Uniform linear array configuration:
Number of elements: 64
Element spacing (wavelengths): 0.5
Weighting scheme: cosine
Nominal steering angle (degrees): -45
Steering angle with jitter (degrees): -44.4
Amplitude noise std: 0.05
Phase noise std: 0.05

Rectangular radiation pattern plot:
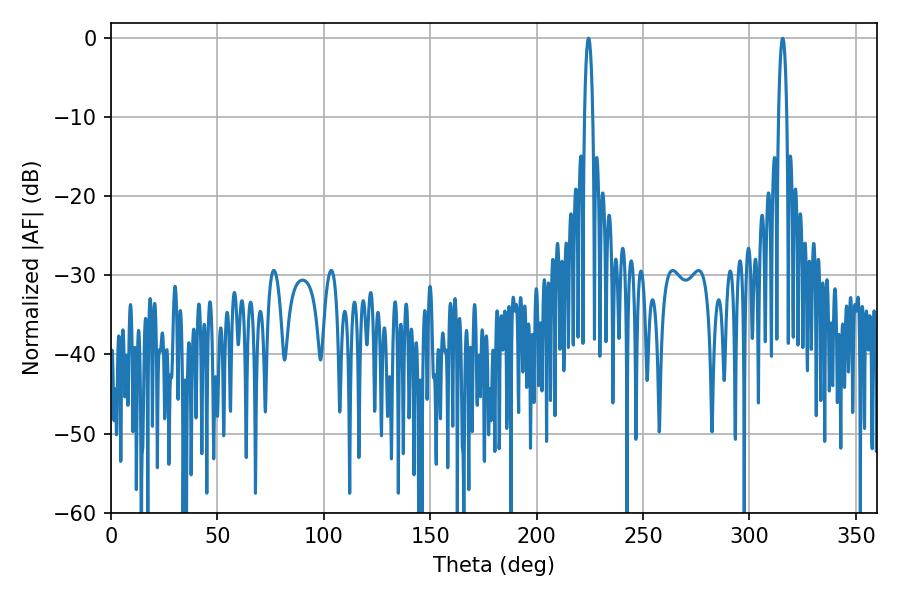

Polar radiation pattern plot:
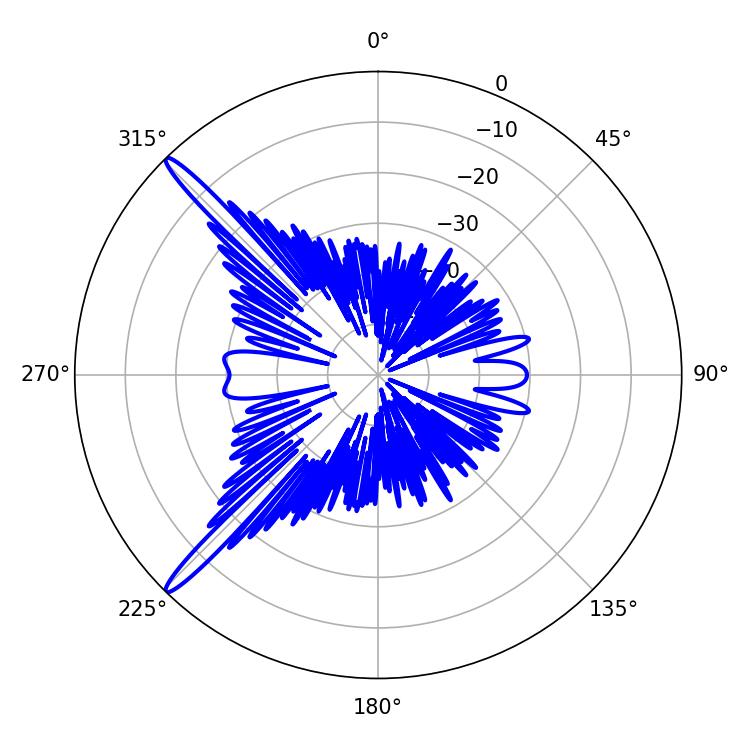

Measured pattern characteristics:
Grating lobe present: FALSE
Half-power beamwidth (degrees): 2.16
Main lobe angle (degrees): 224.46